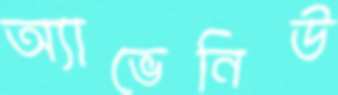
অ্যাভেনিউ